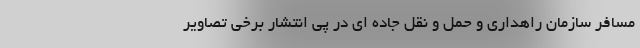
مسافر سازمان راهداری و حمل و نقل جاده ای در پی انتشار برخی تصاویر